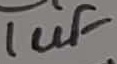
Text: 1uF